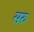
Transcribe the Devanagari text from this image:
सरु